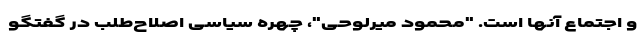
و اجتماع آنها است. "محمود میرلوحی"، چهره سیاسی اصلاح‌طلب در گفتگو